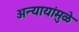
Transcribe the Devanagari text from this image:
अन्यायांमुळे